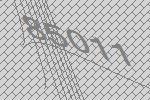
85011